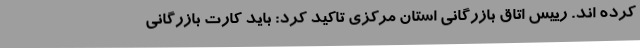
کرده اند. رییس اتاق بازرگانی استان مرکزی تاکید کرد: باید کارت بازرگانی